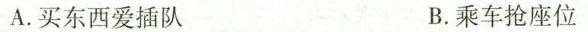
A.买东西爱插队 B.乘车抢座位